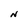
Character: N